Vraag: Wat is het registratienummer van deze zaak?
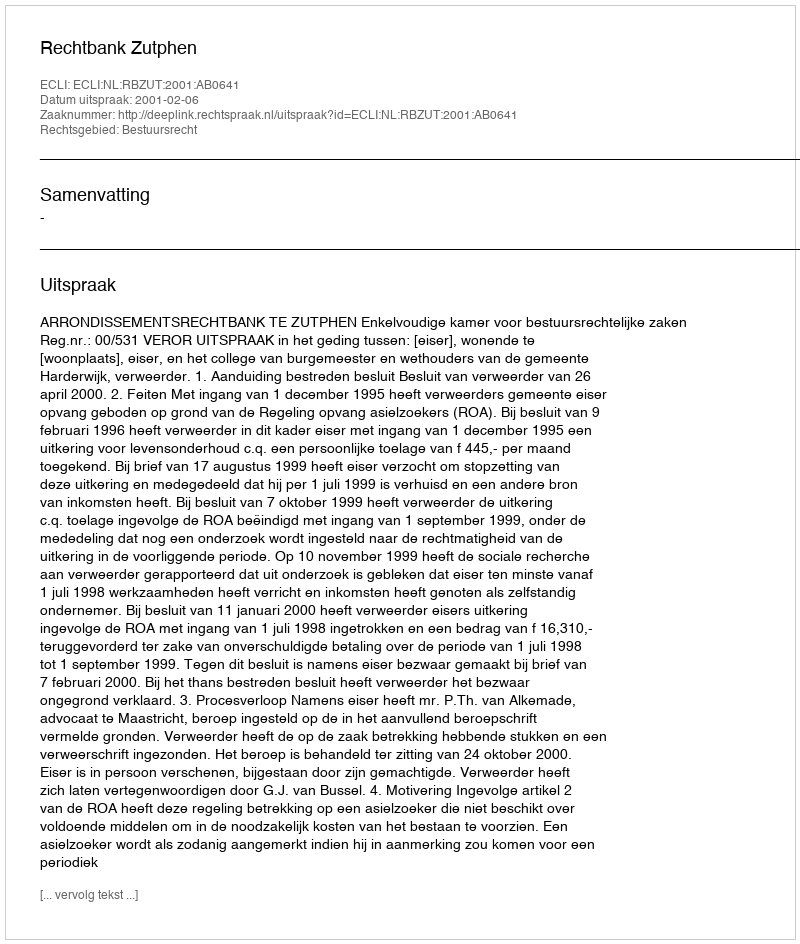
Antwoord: http://deeplink.rechtspraak.nl/uitspraak?id=ECLI:NL:RBZUT:2001:AB0641